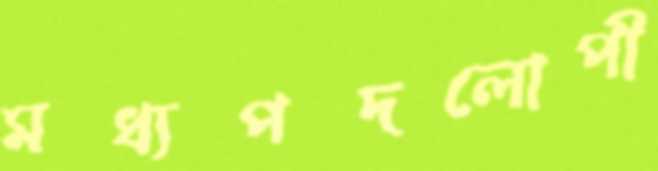
মধ্যপদলোপী